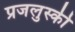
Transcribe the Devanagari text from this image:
प्रजलुस्की